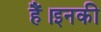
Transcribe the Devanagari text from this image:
हैं।इनकी